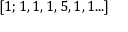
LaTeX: [ 1 ; 1 , 1 , 1 , 5 , 1 , 1 . . . ]